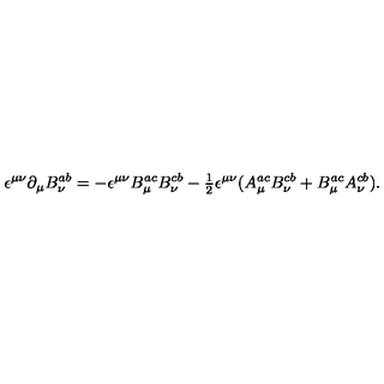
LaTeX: \epsilon ^ { \mu \nu } { \partial } _ { \mu } B _ { \nu } ^ { a b } = - \epsilon ^ { \mu \nu } B _ { \mu } ^ { a c } B _ { \nu } ^ { c b } - { \textstyle \frac 1 2 } \epsilon ^ { \mu \nu } ( A _ { \mu } ^ { a c } B _ { \nu } ^ { c b } + B _ { \mu } ^ { a c } A _ { \nu } ^ { c b } ) .